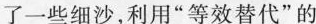
了一些细沙，利用”等效替代”的